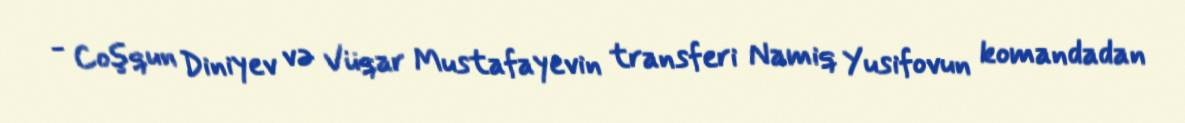
- Coşqun Diniyev və Vüqar Mustafayevin transferi Namiq Yusifovun komandadan